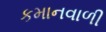
કમાનવાળી